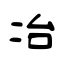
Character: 冶